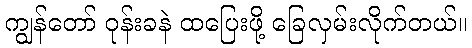
ကျွန်တော် ဝုန်းခနဲ ထပြေးဖို့ ခြေလှမ်းလိုက်တယ်။